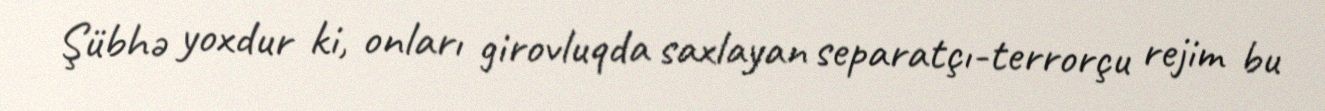
Şübhə yoxdur ki, onları girovluqda saxlayan separatçı-terrorçu rejim bu